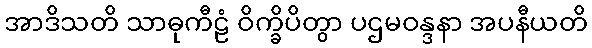
အာဒိသတိ သာဓုကီဠံ ဝိက္ခိပိတွာ ပဌမဝန္ဒနာ အပနီယတိ